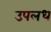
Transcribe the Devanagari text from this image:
उपलध